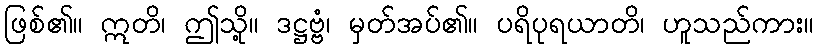
ဖြစ်၏။ ဣတိ၊ ဤသို့။ ဒဋ္ဌဗ္ဗံ၊ မှတ်အပ်၏။ ပရိပုရယာတိ၊ ဟူသည်ကား။